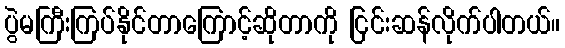
ပွဲမကြီးကြပ်နိုင်တာကြောင့်ဆိုတာကို ငြင်းဆန်လိုက်ပါတယ်။